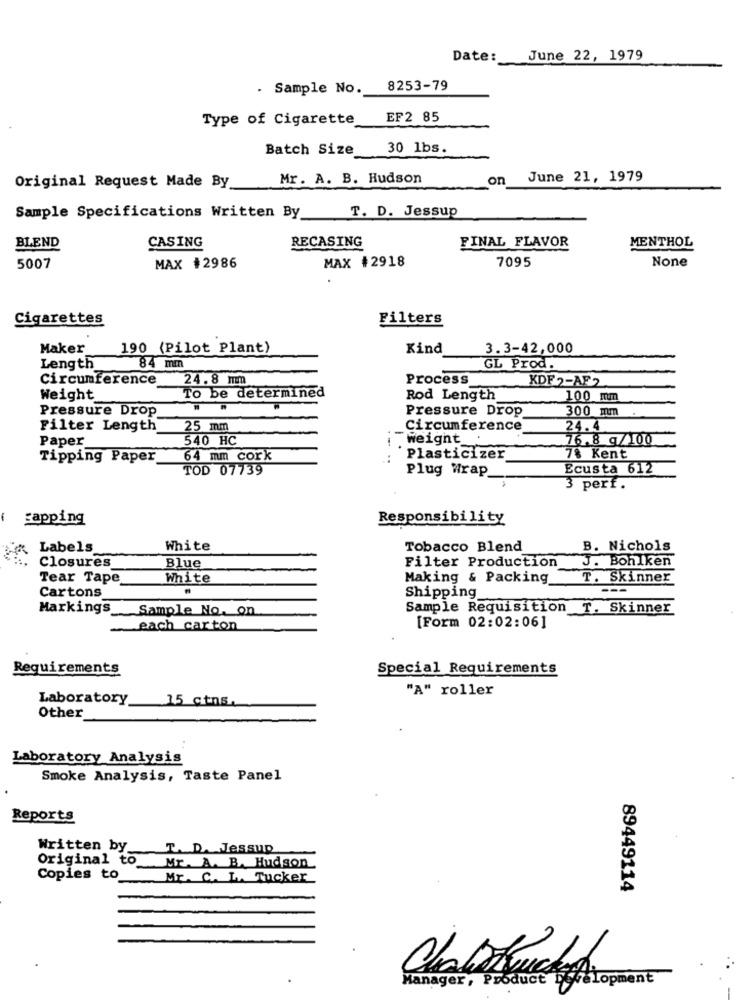
Date:
June 22, 1979
. Sample No.
8253-79
Type of Cigarette
EF2 85
Batch Size_
30 lbs.
Mr. A. B. Hudson
on
June 21, 1979
Original Request Made By
T. D. Jessup
Sample Specifications Written By
FINAL FLAVOR
BLEND
CASING
RECASING
MENTHOL
7095
5007
MAX #2986
MAX #2918
Cigarettes
Filters
Maker_
190 (Pilot Plant)
Kind
3.3-42,000
Length
84 mm
GL Prod.
Circumference
24.8 mm
Process
KDF 2-AF2
To be determined
Weight
Rod Length
100 mm
Pressure Drop
Pressure Drop
300 mm
Filter Length
25 mm
Circumference
24.4
Paper
540 HC
! weight
76.8 g/100
Tipping Paper
64 mm cork
Plasticizer
7% Kent
TOD 07739
Plug Wrap
Ecusta 612
3 perf.
sapping
Responsibility
Labels
White
Tobacco Blend
B. Nichols
Filter Production
J. Bohlken
Closures
Blue
Tear Tape
White
Making & Packing_
T. Skinner
Cartons
Shipping_
Markings_Sample No. on
Sample Requisition T. Skinner
[Form 02:02:06]
each carton
Requirements
Special Requirements
"A" roller
Laboratory_15 ctns.
Other
Laboratory Analysis
Smoke Analysis, Taste Panel
Reports
Written by
T. D. Jessup
Original to.
Mr. A. B. Hudson
Copies to
Mr. C. L. Tucker
89449114
Manager, Product
WeLopment